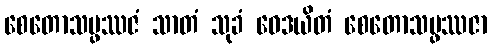
စေတောသမ္ဖဿဇံ သာတံ သုခံ ဝေဒယိတံ စေတောသမ္ဖဿဇာ